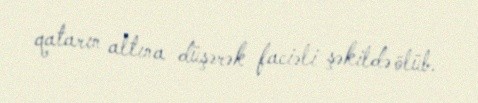
qatarın altına düşərək faciəli şəkildə ölüb.